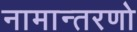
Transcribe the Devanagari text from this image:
नामान्तरणो